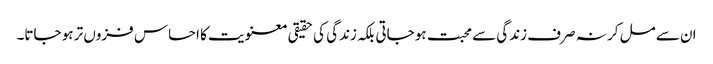
ان سے مل کر نہ صرف زندگی سے محبت ہو جاتی بلکہ زندگی کی حقیقی معنویت کا احساس فزوں تر ہو جاتا۔